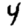
Digit: 4